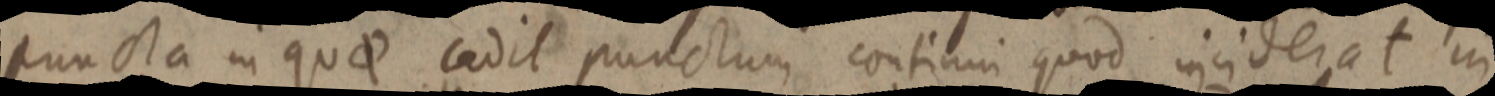
puncta in quae cadit punctum continui quod inciderat in